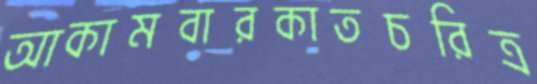
আকামবারকাতচরিত্র